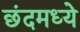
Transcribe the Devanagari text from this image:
छंदमध्ये